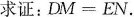
求证：$$DM=EN$$.